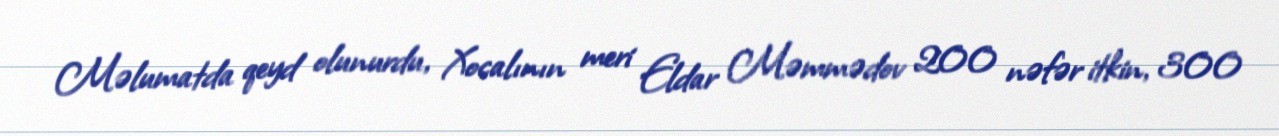
Məlumatda qeyd olunurdu, Xocalının meri Eldar Məmmədov 200 nəfər itkin, 300